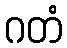
ဂတံ